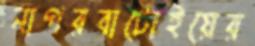
নাগরবাটোইয়ের